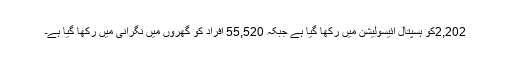
2,202کو ہسپتال آئیسولیشن میں رکھا گیا ہے جبکہ 55,520 اَفراد کو گھروں میں نگرانی میں رکھا گیا ہے۔